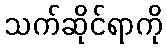
သက်ဆိုင်ရာကို